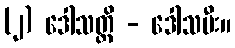
(၂) ဒေါသတ္တိ - ဒေါသမီး။